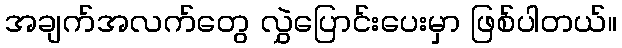
အချက်အလက်တွေ လွှဲပြောင်းပေးမှာ ဖြစ်ပါတယ်။